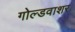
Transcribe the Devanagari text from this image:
गोल्डवाशर